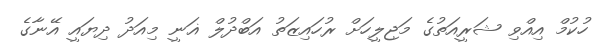
ހުކުމް އިއްވި ޝަރީއަތުގެ މަޖިލީހަށް ރުހައިޒަތު އަބްދުލް ޣަނީ މިއަދު ދިޔައީ އޭނާގެ